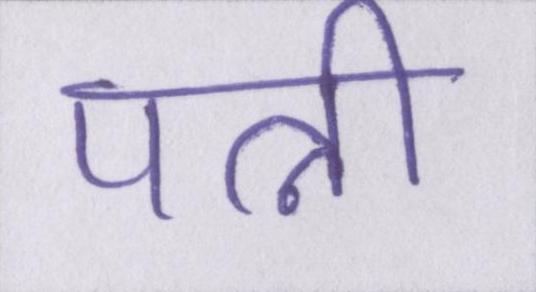
पत्नी